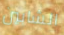
الشابين